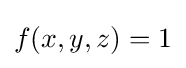
f(x,y,z)=1